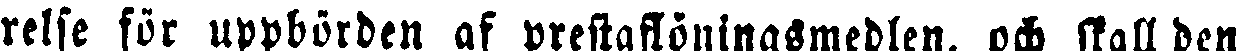
relse för uppbörden af prestaslöningsmedlen, och skall den